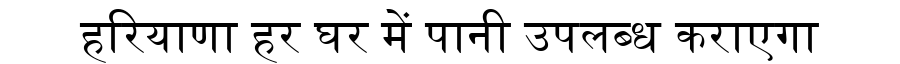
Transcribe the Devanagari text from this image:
हरियाणा हर घर में पानी उपलब्ध कराएगा